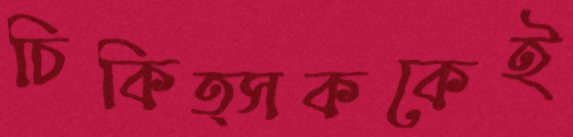
চিকিত্সককেই